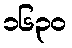
၁၆၃၀